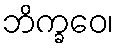
ဘိက္ခဝေ၊